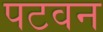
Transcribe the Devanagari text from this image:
पटवन